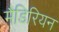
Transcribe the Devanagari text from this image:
मैडिरियन